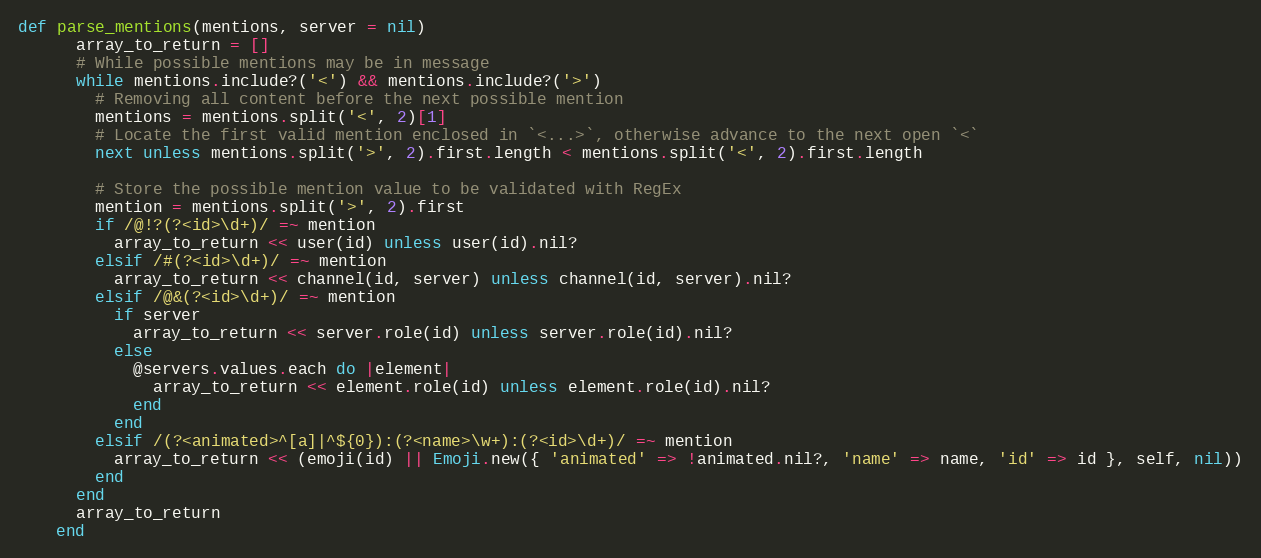
Language: Ruby
def parse_mentions(mentions, server = nil)
      array_to_return = []
      # While possible mentions may be in message
      while mentions.include?('<') && mentions.include?('>')
        # Removing all content before the next possible mention
        mentions = mentions.split('<', 2)[1]
        # Locate the first valid mention enclosed in `<...>`, otherwise advance to the next open `<`
        next unless mentions.split('>', 2).first.length < mentions.split('<', 2).first.length

        # Store the possible mention value to be validated with RegEx
        mention = mentions.split('>', 2).first
        if /@!?(?<id>\d+)/ =~ mention
          array_to_return << user(id) unless user(id).nil?
        elsif /#(?<id>\d+)/ =~ mention
          array_to_return << channel(id, server) unless channel(id, server).nil?
        elsif /@&(?<id>\d+)/ =~ mention
          if server
            array_to_return << server.role(id) unless server.role(id).nil?
          else
            @servers.values.each do |element|
              array_to_return << element.role(id) unless element.role(id).nil?
            end
          end
        elsif /(?<animated>^[a]|^${0}):(?<name>\w+):(?<id>\d+)/ =~ mention
          array_to_return << (emoji(id) || Emoji.new({ 'animated' => !animated.nil?, 'name' => name, 'id' => id }, self, nil))
        end
      end
      array_to_return
    end